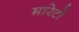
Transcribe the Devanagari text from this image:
मारेटो